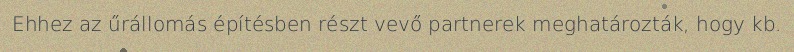
Ehhez az űrállomás építésben részt vevő partnerek meghatározták, hogy kb.